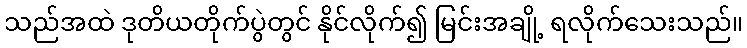
သည်အထဲ ဒုတိယတိုက်ပွဲတွင် နိုင်လိုက်၍ မြင်းအချို့ ရလိုက်သေးသည်။